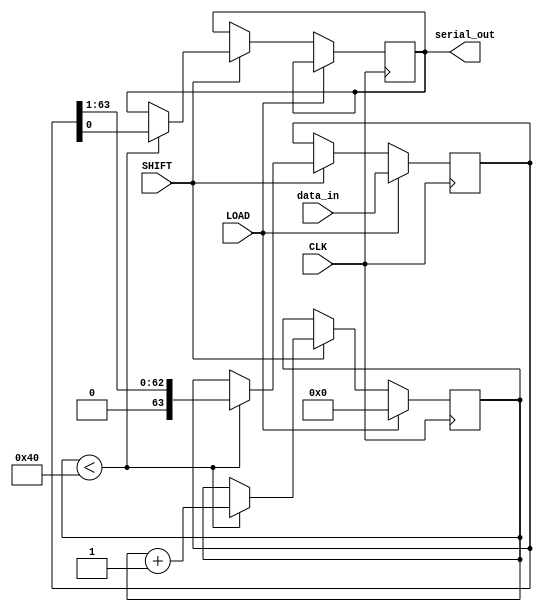
module PISO_64 (
    input wire [63:0] data_in,   // 64-bit parallel input data
    input wire LOAD,              // Load control signal
    input wire SHIFT,             // Shift control signal
    input wire CLK,               // Clock signal
    output reg serial_out         // Serial output
);

    reg [63:0] shift_reg;         // 64-bit shift register
    reg [5:0] bit_count;          // Counter for the number of bits shifted out

    always @(posedge CLK) begin
        if (LOAD) begin
            // Load data into shift register
            shift_reg <= data_in;
            bit_count <= 6'b0;     // Reset bit counter
        end else if (SHIFT) begin
            // Shift data out serially
            if (bit_count < 64) begin
                serial_out <= shift_reg[0]; // Output LSB
                shift_reg <= shift_reg >> 1; // Shift right
                bit_count <= bit_count + 1;   // Increment bit counter
            end
        end
    end

endmodule